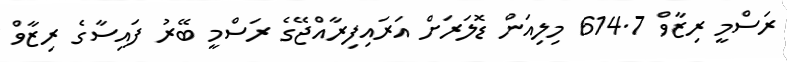
ރަސްމީ ރިޒާވް 614.7 މިލިއަން ޑޮލަރަށް އަރައިފިރާއްޖޭގެ ރަސްމީ ބޭރު ފައިސާގެ ރިޒާވް